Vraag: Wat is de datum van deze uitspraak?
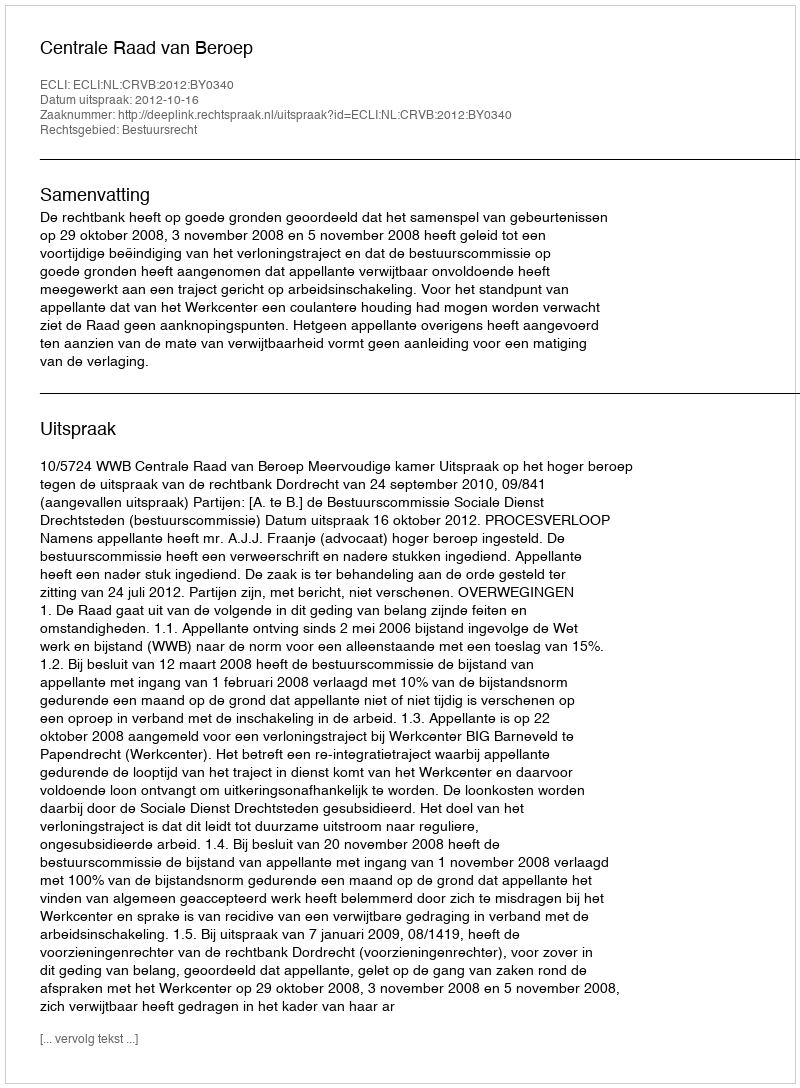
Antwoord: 2012-10-16